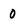
Character: 0